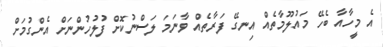
އެ މީހާއާ ބެހޭ މައުލޫމާތެއް އިނގޭ ފަރާތެއް ވާނަމަ ލަސްނުކޮށް ފުލުހުންނަށް އެންގުމަށް